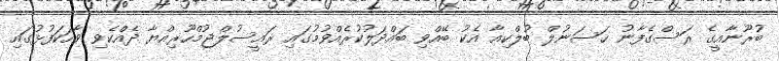
ބުރޫނާއީގެ ރަސްގެފާނު ޙަސަނުލް ބުލްކިއާ އެކު ބޭއްވި ބައްދަލުކުރެއްވުމުގައި ރައީސުލްޖުމްހޫރިއްޔާ ދެއްކެވި ވާހަކަފުޅުގައި